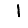
Digit: 1